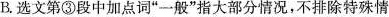
B.选文第③段中加点词”一般”指大部分情况，不排除特殊情